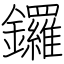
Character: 鑼